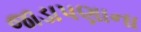
જાડાપણાના